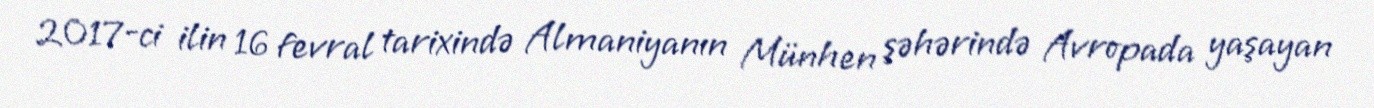
2017-ci ilin 16 fevral tarixində Almaniyanın Münhen şəhərində Avropada yaşayan